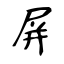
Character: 屏